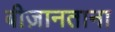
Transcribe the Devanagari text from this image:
बीज़ानताना